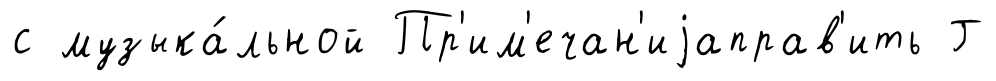
с музыка́льной Пр'им'ечан'иjаправ'ить Г